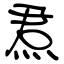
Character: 焄